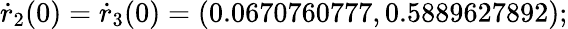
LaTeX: \dot{r}_{2}(0)=\dot{r}_{3}(0)=(0.0670760777,0.5889627892);